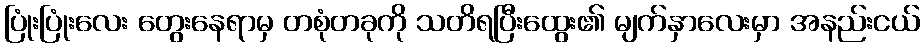
ပြုံးပြုံးလေး တွေးနေရာမှ တစုံတခုကို သတိရပြီးထွေး၏ မျက်နှာလေးမှာ အနည်းငယ်